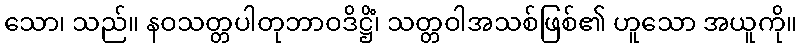
သော၊ သည်။ နဝသတ္တပါတုဘာဝဒိဋ္ဌိံ၊ သတ္တဝါအသစ်ဖြစ်၏ ဟူသော အယူကို။